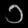
Digit: ၁